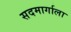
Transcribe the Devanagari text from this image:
सदमार्गाला